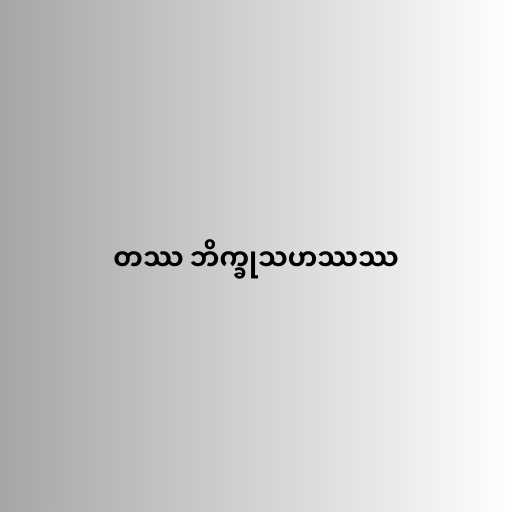
တဿ ဘိက္ခုသဟဿဿ